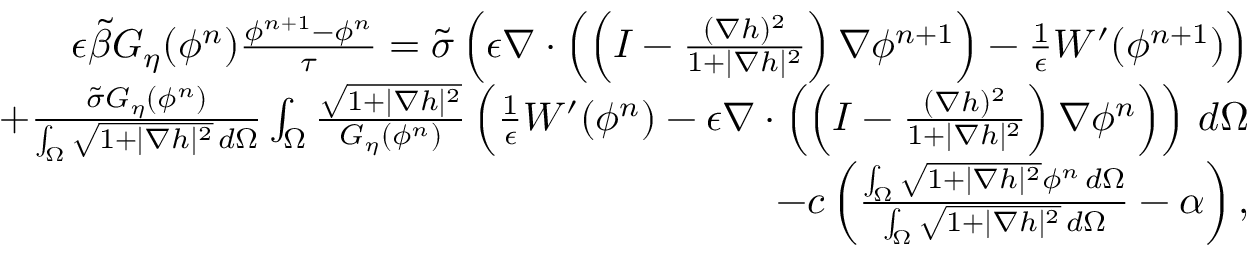
\begin{array} { r l r } & { } & { \epsilon \tilde { \beta } G _ { \eta } ( \phi ^ { n } ) \frac { \phi ^ { n + 1 } - \phi ^ { n } } { \tau } = \tilde { \sigma } \left( \epsilon \nabla \cdot \left( \left( I - \frac { ( \nabla h ) ^ { 2 } } { 1 + | \nabla h | ^ { 2 } } \right) \nabla \phi ^ { n + 1 } \right) - \frac { 1 } { \epsilon } W ^ { \prime } ( \phi ^ { n + 1 } ) \right) } \\ & { } & { + \frac { \tilde { \sigma } G _ { \eta } ( \phi ^ { n } ) } { \int _ { \Omega } \sqrt { 1 + | \nabla h | ^ { 2 } } \, d \Omega } \int _ { \Omega } \frac { \sqrt { 1 + | \nabla h | ^ { 2 } } } { G _ { \eta } ( \phi ^ { n } ) } \left( \frac { 1 } { \epsilon } W ^ { \prime } ( \phi ^ { n } ) - \epsilon \nabla \cdot \left( \left( I - \frac { ( \nabla h ) ^ { 2 } } { 1 + | \nabla h | ^ { 2 } } \right) \nabla \phi ^ { n } \right) \right) \, d \Omega } \\ & { } & { - c \left( \frac { \int _ { \Omega } \sqrt { 1 + | \nabla h | ^ { 2 } } \phi ^ { n } \, d \Omega } { \int _ { \Omega } \sqrt { 1 + | \nabla h | ^ { 2 } } \, d \Omega } - \alpha \right) , } \end{array}